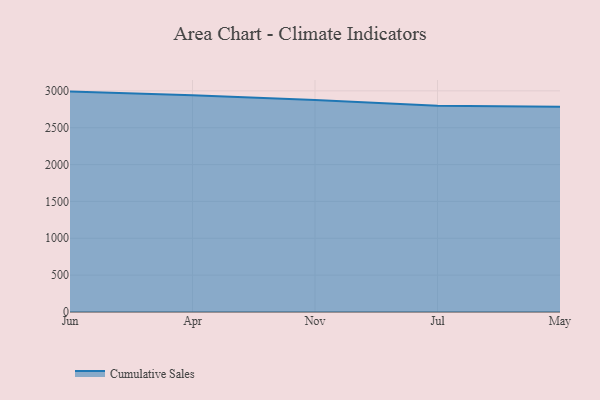
{"axis": {"x": "Month", "y": "Latency (ms)"}, "legend": ["Cumulative Sales"], "data": [{"x": "Jun", "y": 2990.0, "type": "Cumulative Sales"}, {"x": "Apr", "y": 2939.1, "type": "Cumulative Sales"}, {"x": "Nov", "y": 2877.6, "type": "Cumulative Sales"}, {"x": "Jul", "y": 2798.9, "type": "Cumulative Sales"}, {"x": "May", "y": 2785.3, "type": "Cumulative Sales"}]}